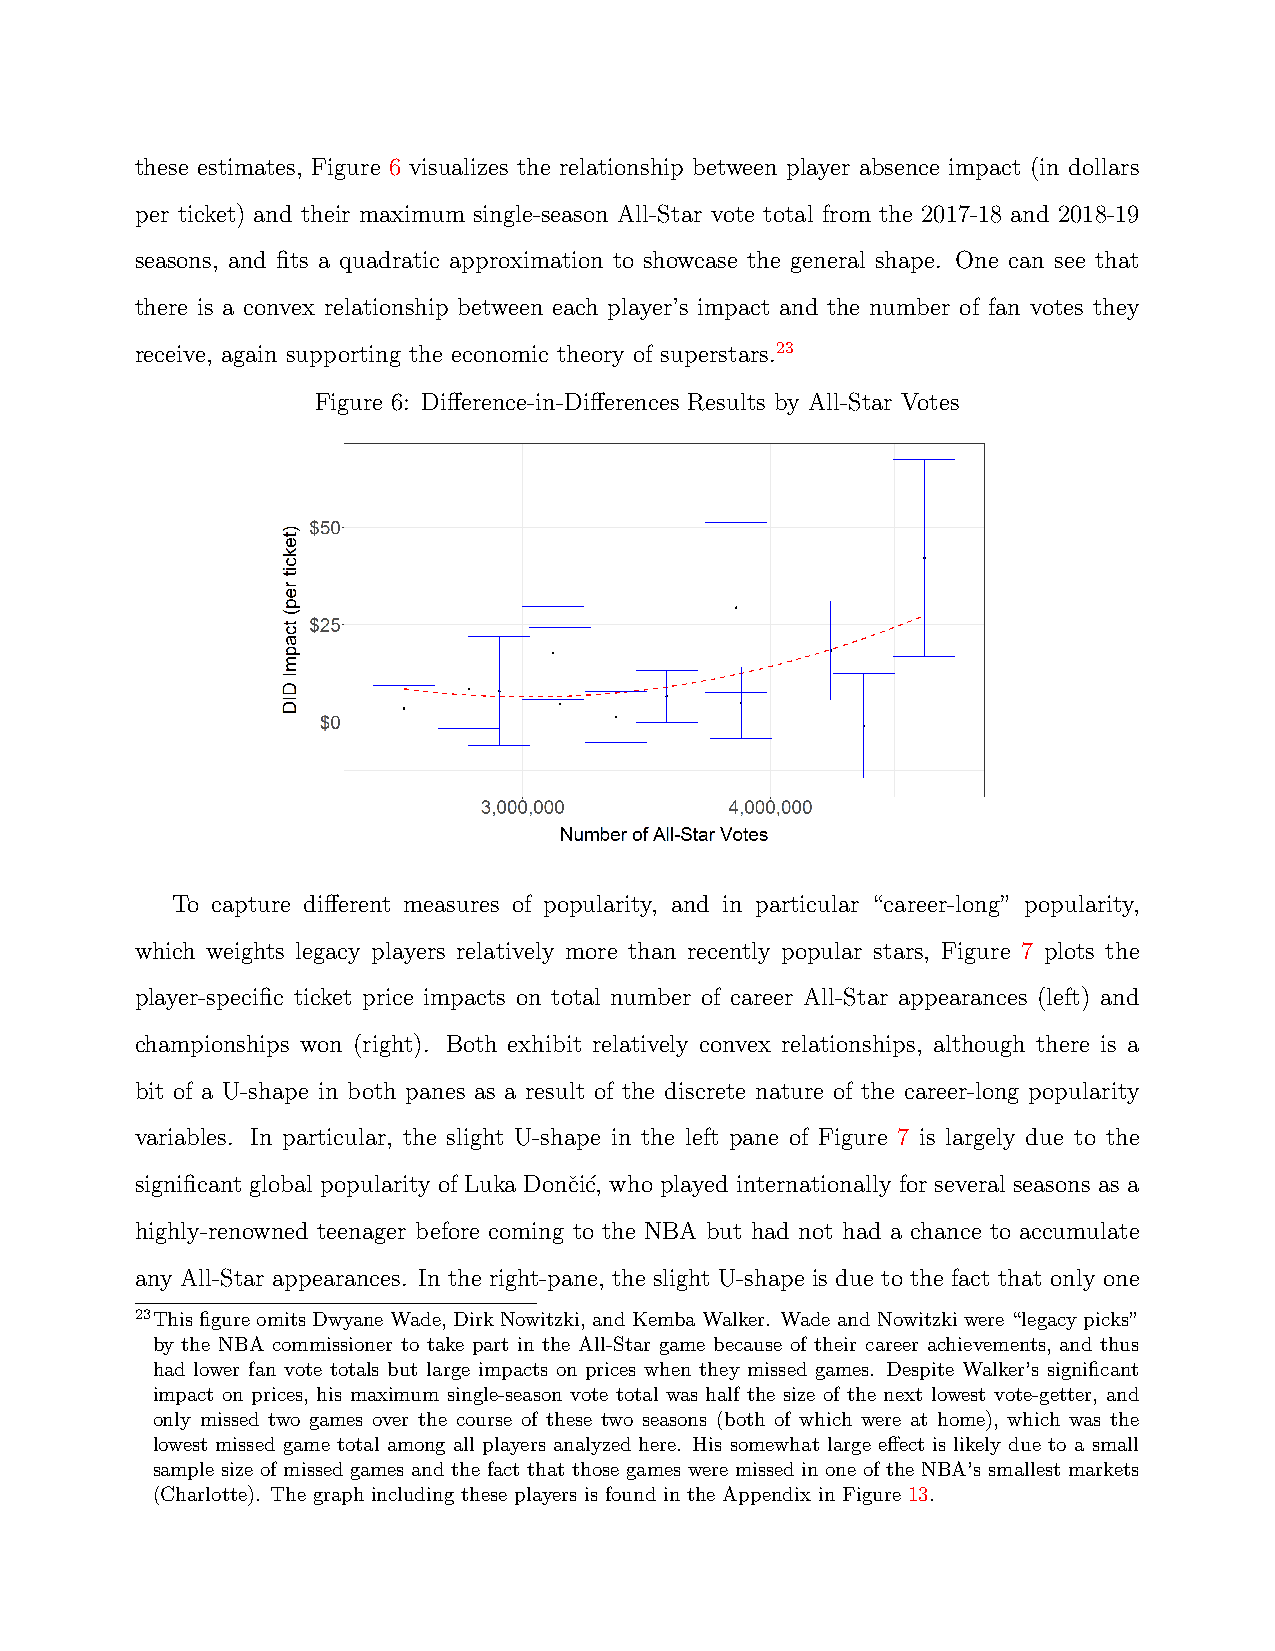
these estimates, Figure 6 visualizes the relationship between player absence impact (in dollars
 per ticket) and their maximum single-season All-Star vote total from the 2017-18 and 2018-19
 seasons, and fits a quadratic approximation to showcase the general shape. One can see that
 there is a convex relationship between each player’s impact and the number of fan votes they
 receive, again supporting the economic theory of superstars.23
 Figure 6: Difference-in-Differences Results by All-Star Votes
 To capture different measures of popularity, and in particular “career-long” popularity,
 which weights legacy players relatively more than recently popular stars, Figure 7 plots the
 player-specific ticket price impacts on total number of career All-Star appearances (left) and
 championships won (right). Both exhibit relatively convex relationships, although there is a
 bit of a U-shape in both panes as a result of the discrete nature of the career-long popularity
 variables. In particular, the slight U-shape in the left pane of Figure 7 is largely due to the
 significant global popularity of Luka Donˇci´c, who played internationally for several seasons as a
 highly-renowned teenager before coming to the NBA but had not had a chance to accumulate
 any All-Star appearances. In the right-pane, the slight U-shape is due to the fact that only one
 23This figure omits Dwyane Wade, Dirk Nowitzki, and Kemba Walker. Wade and Nowitzki were “legacy picks”
 by the NBA commissioner to take part in the All-Star game because of their career achievements, and thus
 had lower fan vote totals but large impacts on prices when they missed games. Despite Walker’s significant
 impact on prices, his maximum single-season vote total was half the size of the next lowest vote-getter, and
 only missed two games over the course of these two seasons (both of which were at home), which was the
 lowest missed game total among all players analyzed here. His somewhat large effect is likely due to a small
 sample size of missed games and the fact that those games were missed in one of the NBA’s smallest markets
 (Charlotte). The graph including these players is found in the Appendix in Figure 13.